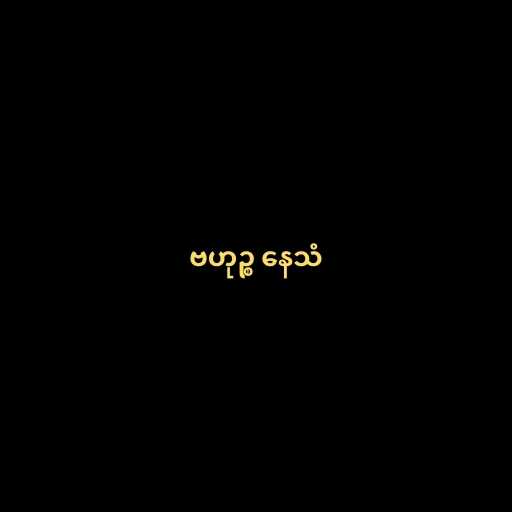
ဗဟုဉ္စ နေသံ